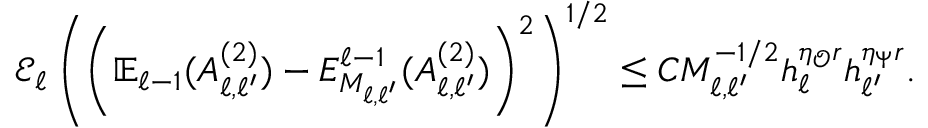
\begin{array} { r } { \mathcal { E } _ { \ell } \left( \left( \mathbb { E } _ { \ell - 1 } ( A _ { \ell , \ell ^ { \prime } } ^ { ( 2 ) } ) - E _ { M _ { \ell , \ell ^ { \prime } } } ^ { \ell - 1 } ( A _ { \ell , \ell ^ { \prime } } ^ { ( 2 ) } ) \right) ^ { 2 } \right) ^ { 1 / 2 } \le C M _ { \ell , \ell ^ { \prime } } ^ { - 1 / 2 } h _ { \ell } ^ { \eta _ { \mathcal { O } } r } h _ { \ell ^ { \prime } } ^ { \eta _ { \Psi } r } . } \end{array}